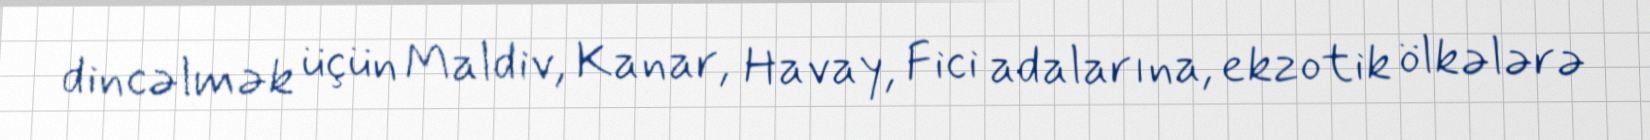
dincəlmək üçün Maldiv, Kanar, Havay, Fici adalarına, ekzotik ölkələrə